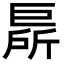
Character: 𢀦